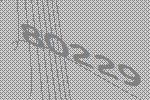
80229